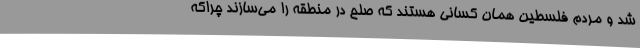
شد و مردم فلسطین همان کسانی هستند که صلح در منطقه را می‌سازند چراکه